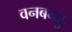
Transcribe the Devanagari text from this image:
वनबन्धु